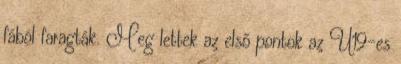
fából faragták. Meg lettek az első pontok az U19-es